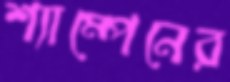
শ্যাম্পেনের